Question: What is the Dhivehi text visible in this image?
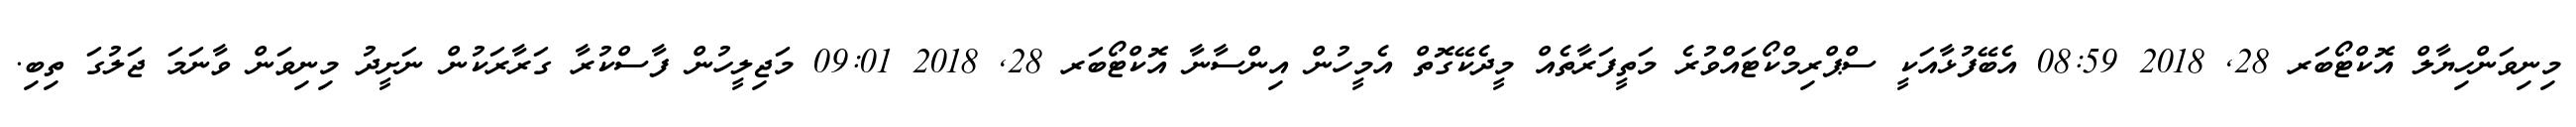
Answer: މިނިވަންހިޔާލް އޮކްޓޯބަރ 28, 2018 08:59 އެބޭފުޅާއަކީ ސްޕްރިމްކޯޓައްވުރެ މަތީފަރާތެއް މީދެކޭގޮތް އެމީހުން އިންސާނާ އޮކްޓޯބަރ 28, 2018 09:01 މަޖިލީހުން ފާސްކުރާ ގަރާރަކުން ނަށީދު މިނިވަން ވާނަމަ ޖަލުގަ ތިބި.